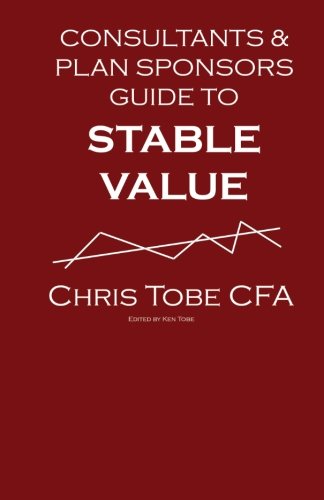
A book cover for Consultants & Plan Sponsor's Guide to Stable Value; Chris Tobe CFA; Business & Money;